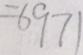
= 6 9 7 1